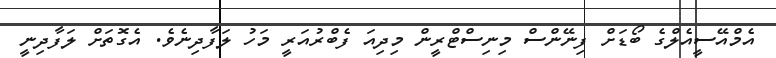
އެމްއޭސީއެލްގެ ބޯޑަށް ފިނޭންސް މިނިސްޓްރީން މިދިއަ ފެބްރުއަރީ މަހު ލަފާދިނެވެ. އެގޮތަށް ލަފާދިނީ